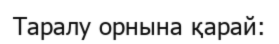
Таралу орнына қарай: